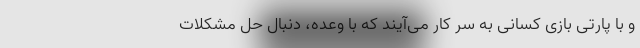
و با پارتی بازی کسانی به سر کار می‌آیند که با وعده، دنبال حل مشکلات